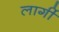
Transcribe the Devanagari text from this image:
लार्गी